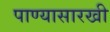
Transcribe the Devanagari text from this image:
पाण्यासारखी